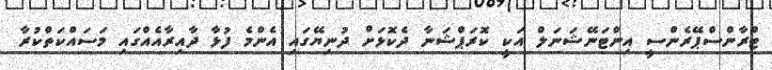
ޓްރާންސްޕޭރެންސީ އިންޓަނޭޝަނަލް އަކީ ކޮރަޕްޝަނާ ދެކޮޅަށް ދުނިޔޭގައި އެންމެ ފުޅާ ދާއިރާއެއްގައި މަސައްކަތްކުރާ